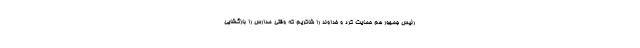
رئیس جمهور هم حمایت کرد و خداوند را شاکریم که وقتی مدارس را بازگشایی